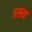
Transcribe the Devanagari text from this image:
बशम